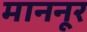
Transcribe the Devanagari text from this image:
माननूर